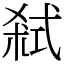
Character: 弒